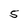
Character: 5